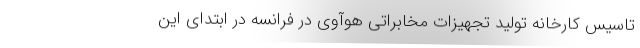
تاسیس کارخانه تولید تجهیزات مخابراتی هوآوی در فرانسه در ابتدای این